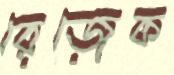
রেজেক